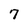
Character: 7